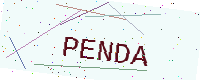
Text: PENDA